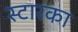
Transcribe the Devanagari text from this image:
स्टारका